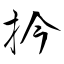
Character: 扲